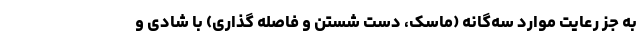
به جز رعایت موارد سه‌گانه (ماسک، دست شستن و فاصله گذاری) با شادی و